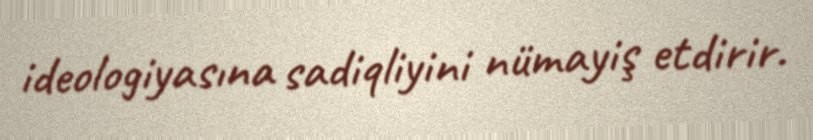
ideologiyasına sadiqliyini nümayiş etdirir.